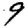
Digit: 9